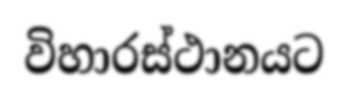
විහාරස්ථානයට